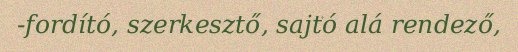
-fordító, szerkesztő, sajtó alá rendező,